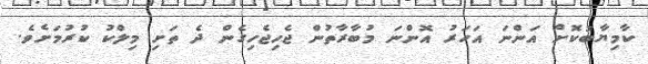
ކާމިޔާބުކޮށް އަންނަ އަހަރު އޮންނަ މުބާރާތުން ޖެހިޖެހިގެން ދެ ތަށި މިލްކު ކުރުމަށެވެ.